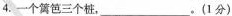
4.一个篱笆三个桩，___。(1分)